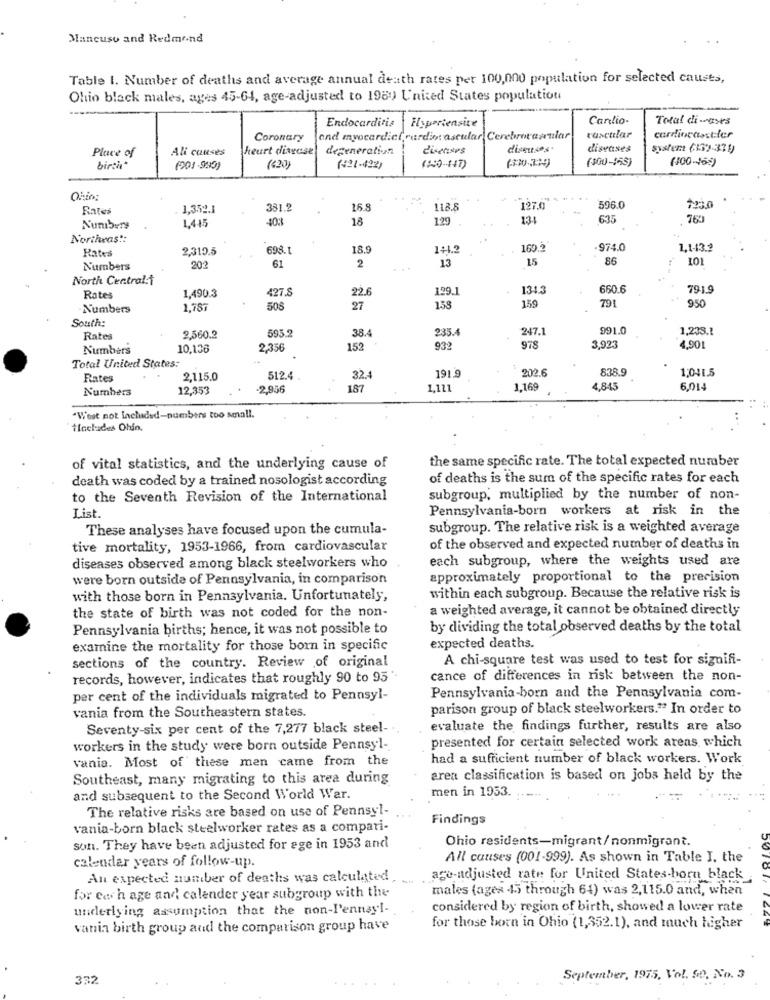
Mancuso and Redmond
Table 1. Number of deaths and average annual death rates per 100,000 population for selected causes,
Ohio black males, ages 45-64, age-adjusted to 1989 United States population
Endocarditis |Hyporiensite
Carlio-
Total di -ases
Coronary
and myocardial cardio ascular Cerebrorazular
vascular
cardiovascular
Ali causes
heart disease
degeneration
disetisps
diseitss.
diseases
system (13)-331)
Place of
(300-458)
(400-455)
birthe"
(201-995)
(420)
(421-422)
(10-147)
Rates
1,352.1
381.2
16.8
118.8
127.0
596.0
403
18
129
131
635
760
Numbers
Northeas !:
Rates
2,310.5
698.1
18.9
14.2
169.2
974.0
1,1-43.2
13
15
86
101
Numbers
202
61
2
North Central:\
1,490.3
22.6
129.1
134.3
660.6
791.9
Rates
427.8
159
791
Numbers
1,78
505
27
158
950
South:
595.2
38.4
235.
247.1
991.0
1,238.1
Rates
2,560.2
Numbers
10,136
2,356
152
932
978
3,923
4.90
Total United States:
202.6
838.9
1,041.5
Rates
2,115.0
512.4
32.4
191.9
Numbers
12,353
-2.956
187
1,121
1,169
4,845
6,014
"West not Included-numbers too small.
tinelades Ohin.
the same specific rate. The total expected number
of vital statistics, and the underlying cause of
death was coded by a trained nosologist according
of deaths is the sum of the specific rates for each
to the Seventh Revision of the International
subgroup, multiplied by the number of non-
Pennsylvania-born workers at risk in the
List.
These analyses have focused upon the cumula-
subgroup. The relative risk is a weighted average
tive mortality, 1953-1966, from cardiovascular
of the observed and expected number of deaths in
each subgroup, where the weights used are
diseases observed among black steelworkers who
were born outside of Pennsylvania, in comparison
approximately proportional to the precision
with those born in Pennsylvania. Unfortunately,
within each subgroup. Because the relative risk is
the state of birth was not coded for the non-
a weighted average, it cannot be obtained directly
Pennsylvania births; hence, it was not possible to
by dividing the total observed deaths by the total
examine the mortality for those born in specific
expected deaths.
sections of the country. Review of original
A chi-square test was used to test for signifi-
records, however, indicates that roughly 90 to 95'
cance of differences in risk between the non-
per cent of the individuals migrated to Pennsyl-
Pennsylvania-born and the Pennsylvania com-
vania from the Southeastern states.
parison group of black steelworkers." In order to
Seventy-six per cent of the 7,277 black steel-
evaluate the findings further, results are also
presented for certain selected work areas which
workers in the study were born outside Pennsyl-
vania. Most of these men came from the
had a sufficient number of black workers. Work
Southeast, many migrating to this area during
area classification is based on jobs held by the
men in 1953.
and subsequent to the Second World War.
The relative risks are based on use of Pennsyl-
Findings
vania-born black steelworker rates as a compari-
Ohio residents-migrant/nonmigrant.
son. They have been adjusted for ege in 1953 and
calendar years of follow-up.
All causes (001-999). As shown in Table I, the
An expected number of deaths was calculated
--
ace-adjusted rate for United States-born black
males (ages 45 through 64) was 2,115.0 and, when
for each age and calender year subgroup with the
underlying assumption that the non-Pennayl-
considered by region of birth, showed a lower rate
vanin birth group and the comparison group have
for those born in Ohio (1,352.1), and much higher
332
September, 1975, Vol. 50, No. 3